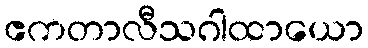
ဧကတာလီသဂါထာယော